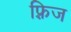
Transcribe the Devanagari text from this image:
फ़्रिज